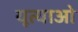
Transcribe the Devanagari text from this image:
यूत्याओ